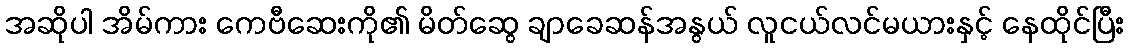
အဆိုပါ အိမ်ကား ကေဗီဆေးကို၏ မိတ်ဆွေ ချာခေဆန်အနွယ် လူငယ်လင်မယားနှင့် နေထိုင်ပြီး